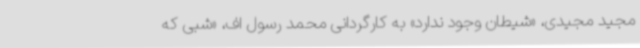
مجید مجیدی، «شیطان وجود ندارد» به کارگردانی محمد رسول اف، «شبی که